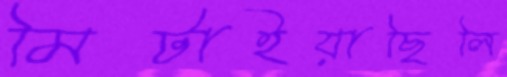
মিটাইয়াছিলি